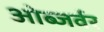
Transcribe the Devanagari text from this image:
ओब्जर्वर